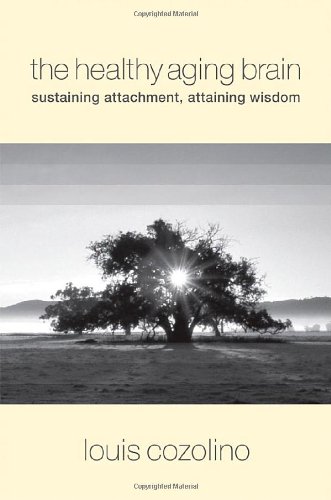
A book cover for The Healthy Aging Brain: Sustaining Attachment, Attaining Wisdom (Norton Series on Interpersonal Neurobiology); Louis Cozolino; Health, Fitness & Dieting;